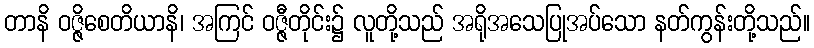
တာနိ ဝဇ္ဇိစေတိယာနိ၊ အကြင် ဝဇ္ဇီတိုင်း၌ လူတို့သည် အရိုအသေပြုအပ်သော နတ်ကွန်းတို့သည်။